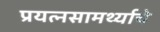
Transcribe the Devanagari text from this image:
प्रयत्‍नसामर्थ्याचे